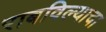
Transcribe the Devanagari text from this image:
राबविल्याचा